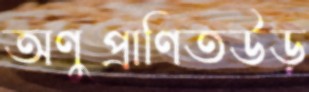
অণুপ্রাণিতউড়